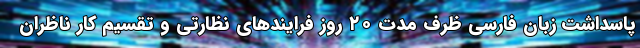
پاسداشت زبان فارسی ظرف مدت ۲۰ روز فرایندهای نظارتی و تقسیم کار ناظران